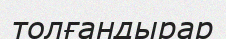
толғандырар